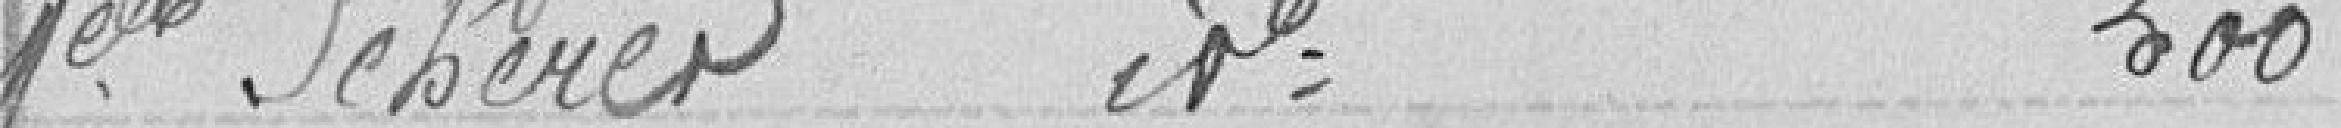
Mademoiselle Scherer    idem    500